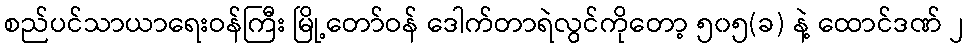
စည်ပင်သာယာရေးဝန်ကြီး မြို့တော်ဝန် ဒေါက်တာရဲလွင်ကိုတော့ ၅၀၅(ခ) နဲ့ ထောင်ဒဏ် ၂